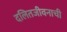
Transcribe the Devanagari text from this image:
दलितजीवनाची